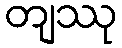
တျဿု